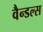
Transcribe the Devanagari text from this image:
वैन्डल्स